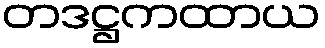
တဒဋ္ဌကထာယ